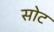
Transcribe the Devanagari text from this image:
सोट